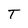
Character: T